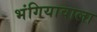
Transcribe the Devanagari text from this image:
भंगियावाला